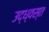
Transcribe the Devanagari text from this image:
उद्‍ध्वस्त